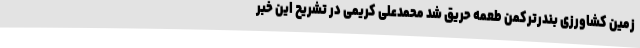
زمین کشاورزی بندرترکمن طعمه حریق شد محمدعلی کریمی در تشریح این خبر